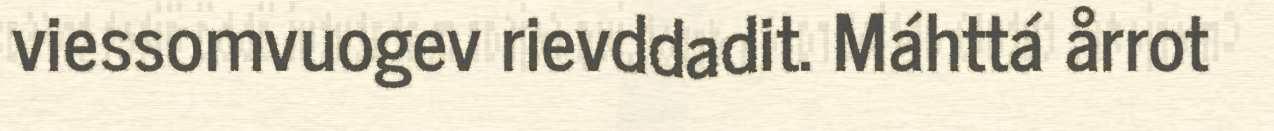
viessomvuogev rievddadit. Máhttá årrot